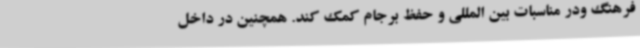
فرهنگ ودر مناسبات بین المللی و حفظ برجام کمک کند. همچنین در داخل